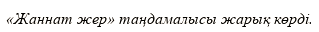
«Жаннат жер» таңдамалысы жарық көрді.